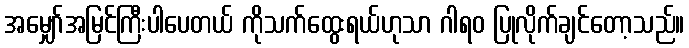
အမျှော်အမြင်ကြီးပါပေတယ် ကိုသက်ထွေးရယ်ဟုသာ ဂါရဝ ပြုလိုက်ချင်တော့သည်။